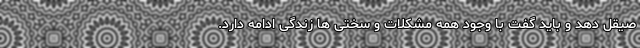
صیقل دهد و باید گفت با وجود همه مشکلات و سختی ها زندگی ادامه دارد.